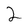
Character: 2